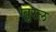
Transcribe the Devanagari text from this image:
खुरल